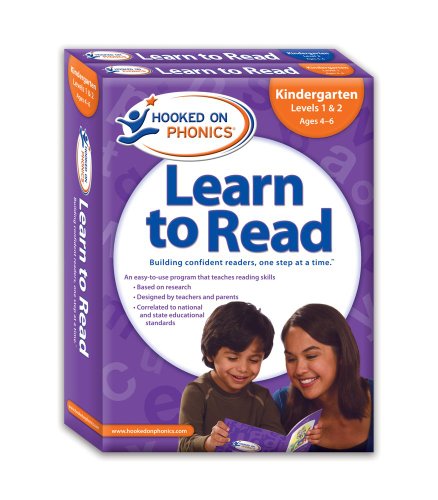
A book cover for Hooked on Phonics Learn to Read Kindergarten Complete; Hooked On Phonics.; Children's Books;